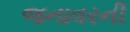
જનાવરની